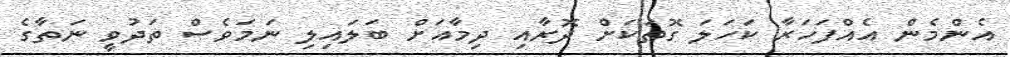
އެންމެން އެއްފަހަރާ ކަހަލަ ގޮތަކަށް ދޮރާއި ދިމާއަށް ބަލައިލި ނަމަވެސް ތަދުވީ ނަތާގެ